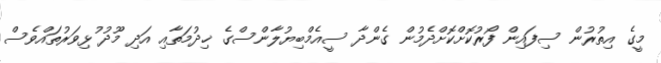
މީގެ އިތުރުން ސިފައިން ފޯރުކޮށްކޮށްދެމުން ގެންދާ ސީއެމްބިޔުލާންސްގެ ޚިދުމަތާއި އަދި މޫދު ުޅިވަރުތައްވެސް